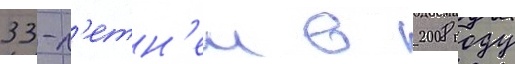
33-л'етн'еи в 2008 году